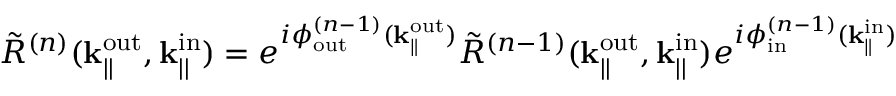
\Tilde { R } ^ { ( n ) } ( \mathbf { k } _ { | | } ^ { \mathrm { o u t } } , \mathbf { k } _ { | | } ^ { \mathrm { i n } } ) = e ^ { i \phi _ { \mathrm { o u t } } ^ { ( n - 1 ) } ( \mathbf { k } _ { \parallel } ^ { \mathrm { o u t } } ) } \Tilde { R } ^ { ( n - 1 ) } ( \mathbf { k } _ { | | } ^ { \mathrm { o u t } } , \mathbf { k } _ { | | } ^ { \mathrm { i n } } ) e ^ { i \phi _ { \mathrm { i n } } ^ { ( n - 1 ) } ( \mathbf { k } _ { \parallel } ^ { \mathrm { i n } } ) }